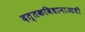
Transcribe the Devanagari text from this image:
दत्तकविधानाआधी